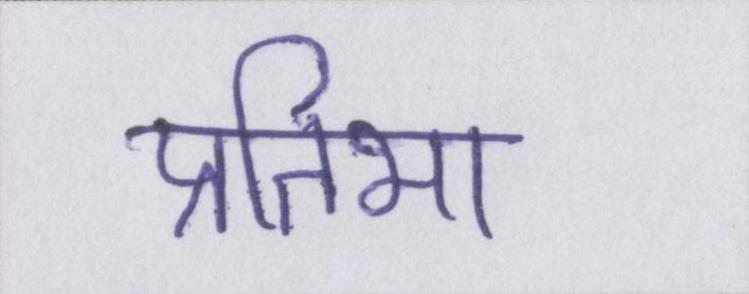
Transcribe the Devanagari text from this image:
प्रतिभा